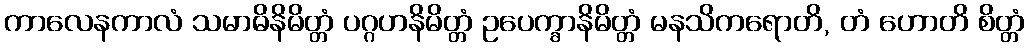
ကာလေနကာလံ သမာဓိနိမိတ္တံ ပဂ္ဂဟနိမိတ္တံ ဥပေက္ခာနိမိတ္တံ မနသိကရောတိ, တံ ဟောတိ စိတ္တံ